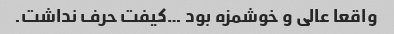
واقعا عالی و خوشمزه بود …کیفت حرف نداشت.